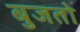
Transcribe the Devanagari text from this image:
बुजतो